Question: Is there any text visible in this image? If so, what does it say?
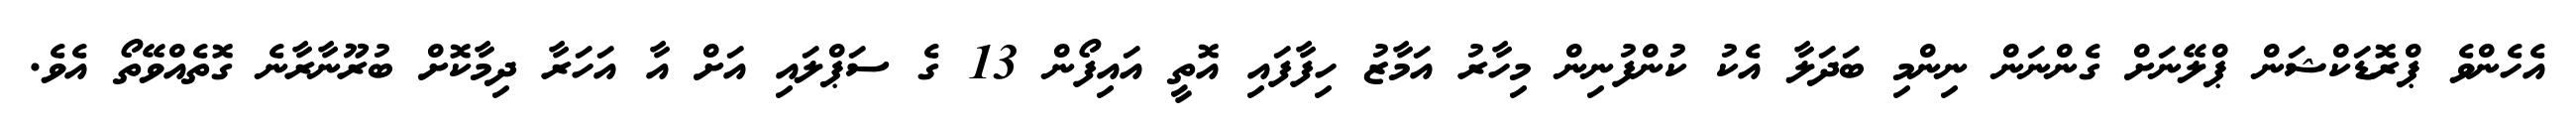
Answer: އެހެންވެ ޕްރޮޑަކްޝަން ޕްލޭނަށް ގެންނަން ނިންމި ބަދަލާ އެކު ކުންފުނިން މިހާރު އަމާޒު ހިފާފައި އޮތީ އައިފޯން 13 ގެ ސަޕްލައި އަށް އާ އަހަރާ ދިމާކޮށް ބުރޫނާރާނެ ގޮތެއްވޭތޯ އެވެ.